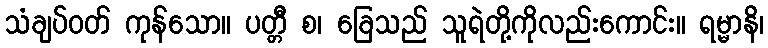
သံချပ်ဝတ် ကုန်သော။ ပတ္တီ စ၊ ခြေသည် သူရဲတို့ကိုလည်းကောင်း။ ရမ္မာနိ၊